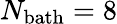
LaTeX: N_{\mathrm{bath}}=8